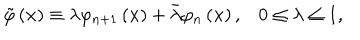
LaTeX: \tilde { \varphi } \left( \mathbf { x } \right) \equiv \lambda \varphi _ { n + 1 } \left( \mathbf { x } \right) + \bar { \lambda } \varphi _ { n } \left( \mathbf { x } \right) , 0 \leq \lambda \leq 1 ,